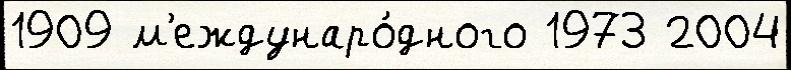
1909 м'еждунаро́дного 1973 2004